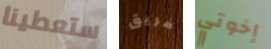
ستعطينا فريق إخوتي